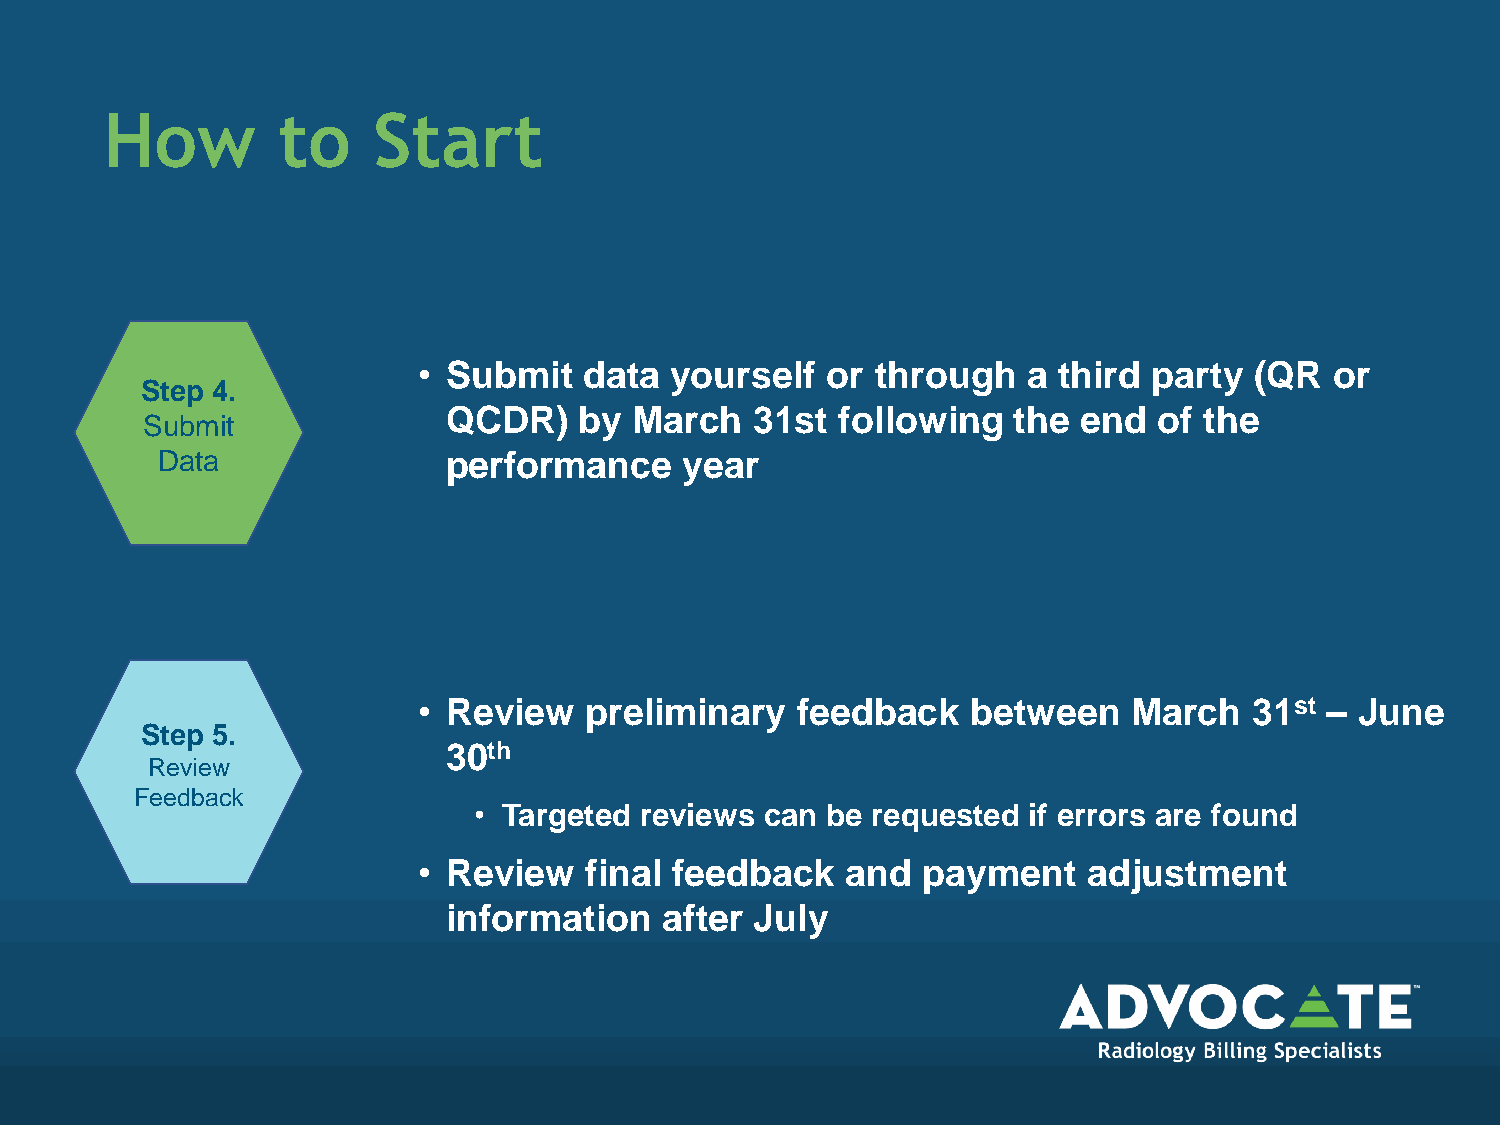
How        to     Start
 • Submit   data yourself   or through   a third party  (QR  or
 Step 4.
 QCDR)   by  March   31st  following  the  end  of the
 Submit
 Data                performance    year
 • Review   preliminary   feedback   between    March   31st – June
 Step 5.
 30th
 Review
 Feedback
 • Targeted reviews  can be requested if errors are found
 • Review   final feedback   and  payment    adjustment
 information   after July